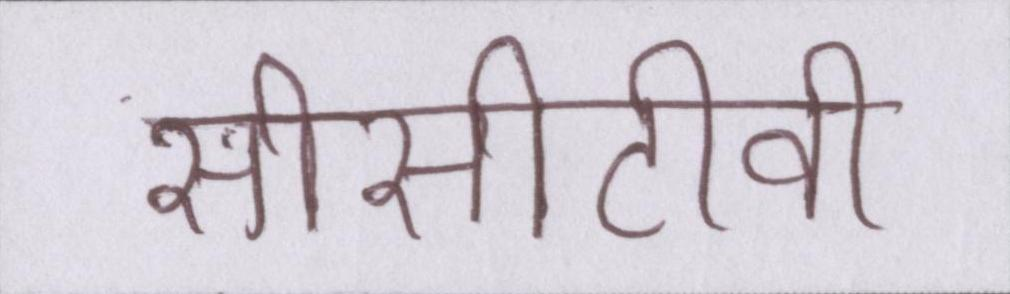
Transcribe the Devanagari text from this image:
सीसीटीवी